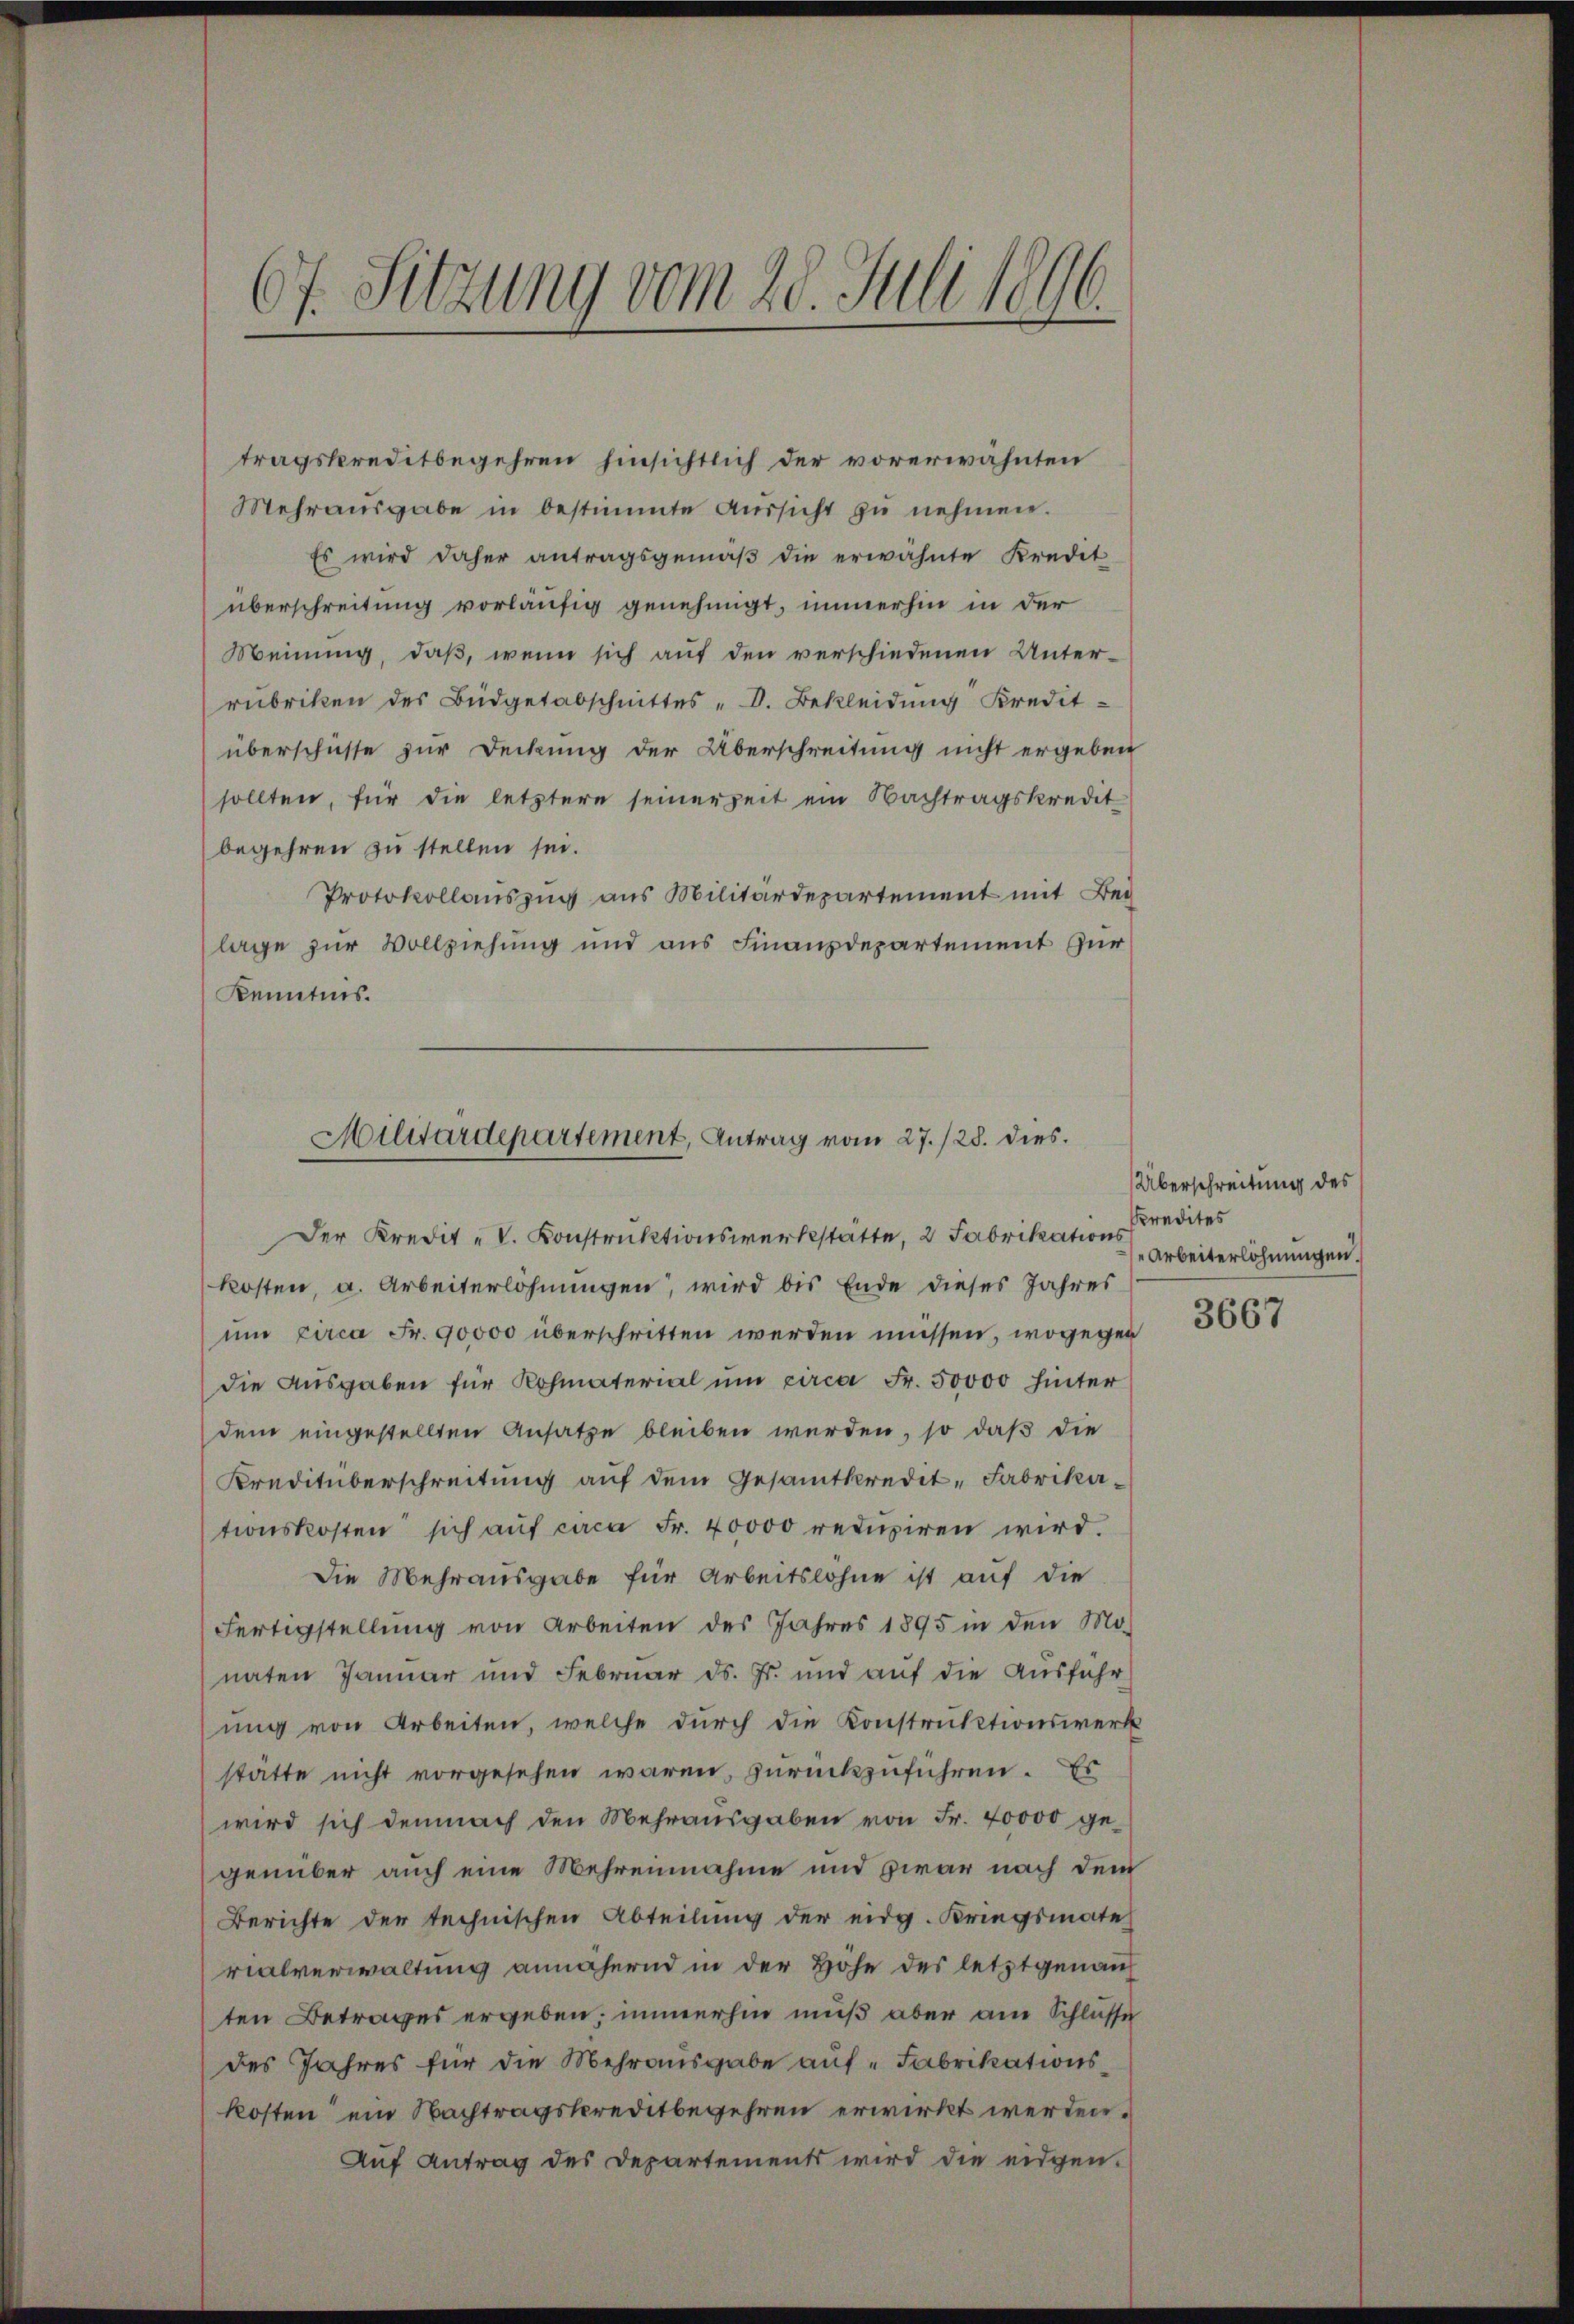
67. Sitzung vom 20. Juli 1896.

tragskreditbegehren hinsichtlich der vorerwähnten
Mehraŭsgabe in bestimmte Aŭssicht zŭ nehmen.
Es wird daher antragsgemäβ die erwähnte Kredet
überschreitung vorläufig genehmigt, immerhin in der
Meinung, daß, wenn sich auf den verschiedenen Unter-
rubriken des Büdgetabschnittes "D. Bekleidung Kredit-
überschüsse zur Deckung der Überschreitung nicht ergeben
sollten, für die letztere seinerzeit ein Nachtragskredit
begehren zu stellen sei.
Protokollauszug aus Militärdepartement mit Bei
lage zur Vollziehung und aus Finanzdepartement zur
Kenntnis.

Militärdepartement, Antrag vom 27./28. dies

Der Kredit- V. Konstruktionswerkstätte, 2 Fabrikations
kosten, a. Arbeiterlöhnungen, wird bis Ende dieses Jahres
um circa Fr. 90000 überschritten werden müssen, wogegen
die Ausgaben für Rohmaterial um circa Fr. 50000 hinter
dem eingestellten Ansatze bleiben werden, so daß die
Kreditüberschreitung auf dem Gesamtkredit-Fabrikationskosten sich aŭf caca Fr. 40000 redŭziren wird.
Die Mehrausgabe für Arbeitslohne ist auf die
Fertigstellung von Arbeiten des Jahres 1895 in den Mo
naten Januar und Februar ds. Fr. und auf die Ausfahr
ung von Arbeiten, welche durch die Konstruktionswerk
stätte nicht vorgesehen waren, zurückzuführen. Es
wird sich demnach den Mehrausgaben von Fr. 40000 gegenüber auch eine Mehreinnahme und zwar nach dem
Berichte der technischen Abteilung der eidg. Kriegsmate
rialverwaltung annähernd in der Höhe des letztgenann
ten Betrages ergeben; immerhin muß aber am Schlüsse
des Jahres für die Mehrausgabe auf „Fabrikationskosten ein Nachtragskreditbegehren erwirkt werden.
Auf Antrag des Departements wird die eidgen.

Überschreitung des
predites
Arbeiterlohnungen.

3667